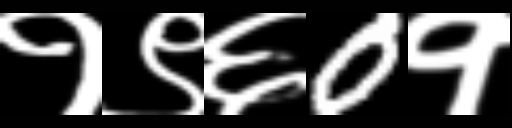
Text: १९६0१